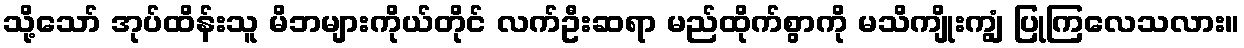
သို့သော် အုပ်ထိန်းသူ မိဘများကိုယ်တိုင် လက်ဦးဆရာ မည်ထိုက်စွာကို မသိကျိုးကျွံ ပြုကြလေသလား။